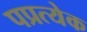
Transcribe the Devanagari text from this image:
पप्रत्येक